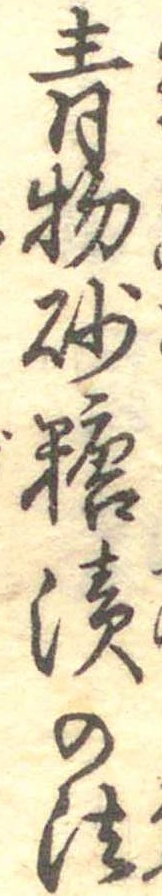
青物砂糖漬の法